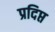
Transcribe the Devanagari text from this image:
प्रदिप्त